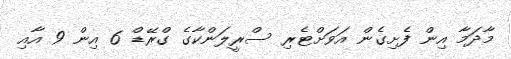
މާދަމާ އިން ފެށިގެން އަވަށްޓެރި ސްރީލަންކާގެ ގްރޭޑް 6 އިން 9 އާއި